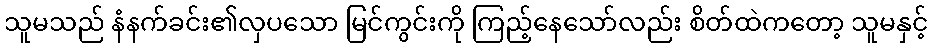
သူမသည် နံနက်ခင်း၏လှပသော မြင်ကွင်းကို ကြည့်နေသော်လည်း စိတ်ထဲကတော့ သူမနှင့်